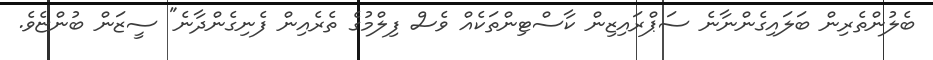
ބެލުންތެރިން ބަލައިގެންނާނެ ސަޕްރައިޒިން ކާސްޓިންތަކެއް ވެސް ފިލްމުގެ ތެރެއިން ފެނިގެންދާނެ" ސީޒަން ބުންޏެވެ.